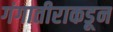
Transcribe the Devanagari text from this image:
गंगातीराकडून